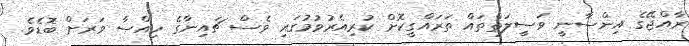
ރާއްޖޭގެ އިންސާނީ ވަސީލަތްތައް ތަރައްގީކޮށް ކުރިއެރުވުމުގައި ވެސް ޗައިނާގެ ހިއްސާ ވަރަށް ބޮޑެވެ.